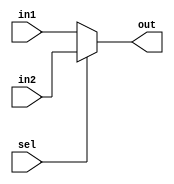
module mux_2x1 (in1,in2,sel,out);

input  in1,in2;
input  sel;
output out;
 
assign out=sel?in2:in1; 

endmodule